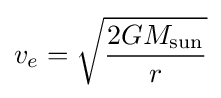
v_{e}={\sqrt {\frac {2GM_{\text{sun}}}{r}}}